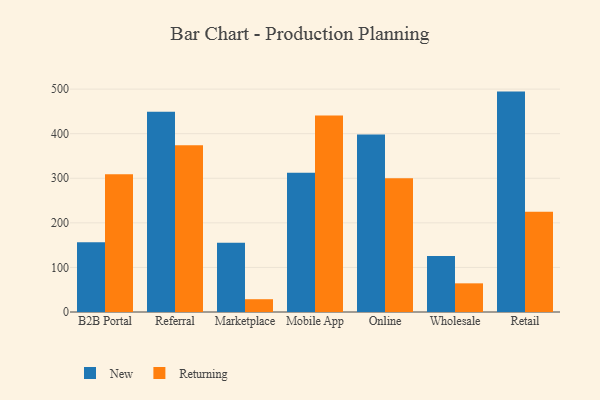
{"axis": {"x": "Channel", "y": "Page Views"}, "legend": ["New", "Returning"], "data": [{"x": "B2B Portal", "y": 156.5, "type": "New"}, {"x": "B2B Portal", "y": 308.8, "type": "Returning"}, {"x": "Referral", "y": 449.3, "type": "New"}, {"x": "Referral", "y": 374.0, "type": "Returning"}, {"x": "Marketplace", "y": 155.1, "type": "New"}, {"x": "Marketplace", "y": 28.7, "type": "Returning"}, {"x": "Mobile App", "y": 312.2, "type": "New"}, {"x": "Mobile App", "y": 440.6, "type": "Returning"}, {"x": "Online", "y": 398.3, "type": "New"}, {"x": "Online", "y": 300.3, "type": "Returning"}, {"x": "Wholesale", "y": 125.5, "type": "New"}, {"x": "Wholesale", "y": 64.3, "type": "Returning"}, {"x": "Retail", "y": 494.4, "type": "New"}, {"x": "Retail", "y": 225.0, "type": "Returning"}]}